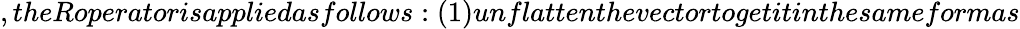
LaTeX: ,theRoperatorisappliedasfollows:(1)unflattenthevectortogetitinthesameformas